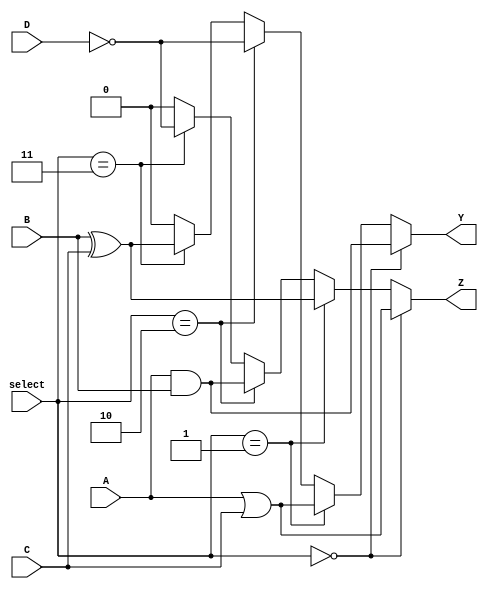
module CLB (
    input wire A,
    input wire B,
    input wire C,
    input wire D,
    input wire [1:0] select, // Selection for programmable interconnections
    output wire Y,
    output wire Z
);

// Internal signals for logic operations
wire and_out;
wire or_out;
wire not_out;
wire xor_out;

// Logic operations
assign and_out = A & B;        // AND operation
assign or_out = A | C;         // OR operation
assign not_out = ~D;           // NOT operation
assign xor_out = B ^ C;        // XOR operation

// Multiplexer for output Y
assign Y = (select == 2'b00) ? and_out :
           (select == 2'b01) ? or_out :
           (select == 2'b10) ? not_out :
           (select == 2'b11) ? xor_out : 1'b0; // Default case

// Multiplexer for output Z (example of different selection)
assign Z = (select == 2'b00) ? or_out :
           (select == 2'b01) ? xor_out :
           (select == 2'b10) ? and_out :
           (select == 2'b11) ? not_out : 1'b0; // Default case

endmodule